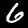
Digit: 6